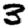
Digit: 3